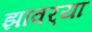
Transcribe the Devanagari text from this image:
झावर्‍या